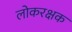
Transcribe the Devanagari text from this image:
लोकरक्षक